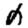
Digit: 0